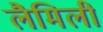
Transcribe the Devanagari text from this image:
लैमिली